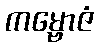
ကမ္ဗောဇံ